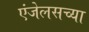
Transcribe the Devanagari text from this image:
एंजेलसच्या